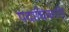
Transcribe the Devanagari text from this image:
पदाधिकारी।